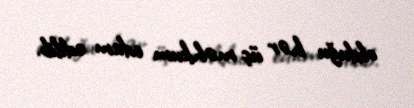
olduğu hər üç məhkum edam edilib.